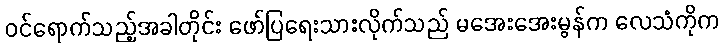
ဝင်ရောက်သည့်အခါတိုင်း ဖော်ပြရေးသားလိုက်သည် မအေးအေးမွန်က လေသံကိုက